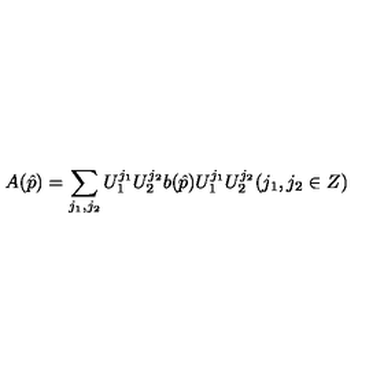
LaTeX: A ( \hat { p } ) = \sum _ { j _ { 1 } , j _ { 2 } } U _ { 1 } ^ { j _ { 1 } } U _ { 2 } ^ { j _ { 2 } } b ( \hat { p } ) U _ { 1 } ^ { j _ { 1 } } U _ { 2 } ^ { j _ { 2 } } ( j _ { 1 } , j _ { 2 } \in Z )